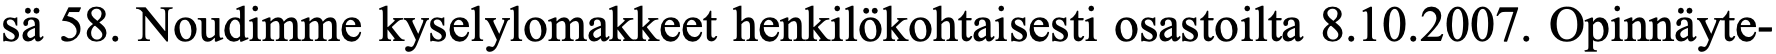
sä 58. Noudimme kyselylomakkeet henkilökohtaisesti osastoilta 8.10.2007. Opinnäyte-